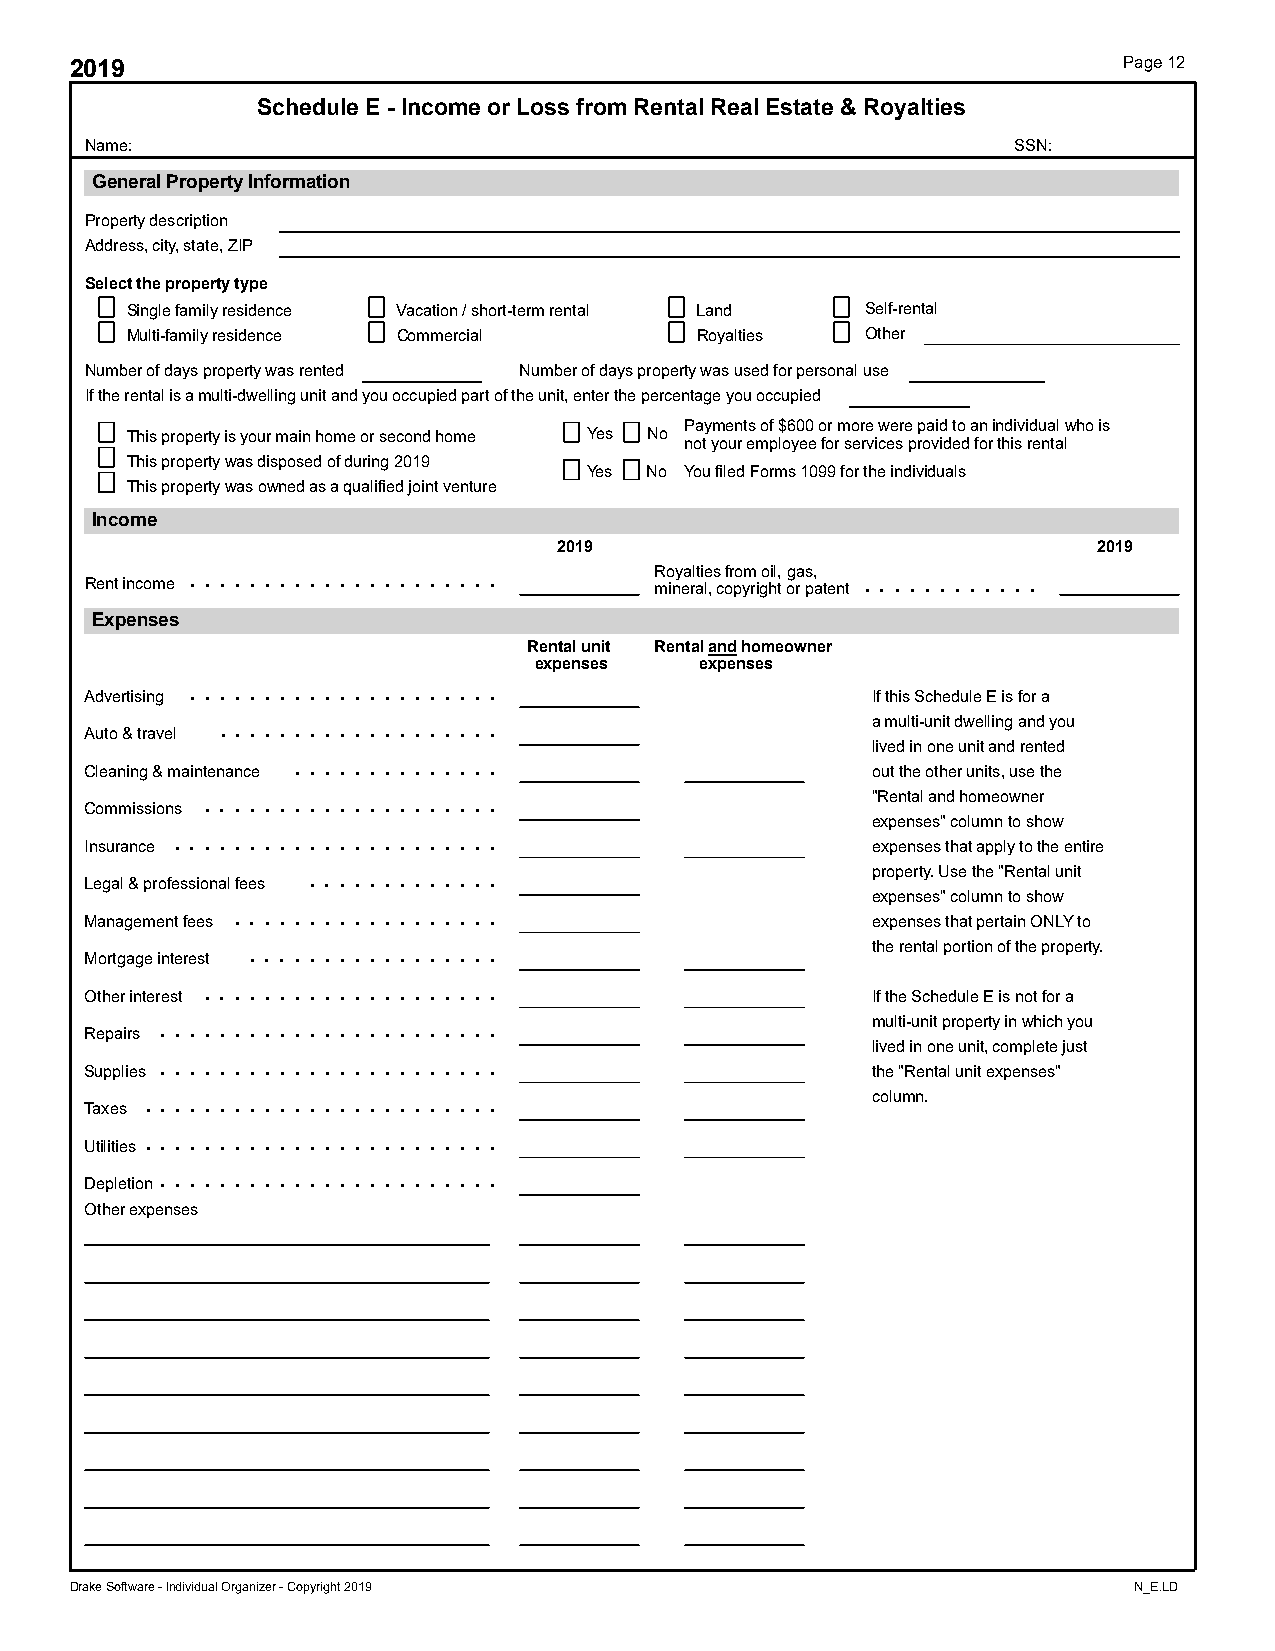
2019                                                                 Page 12
 Schedule E - Income or Loss from Rental Real Estate & Royalties
 Name:                                                        SSN:
 General Property Information
 Property description
 Address, city, state, ZIP
 Select the property type
 Single family residence Vacation / short-term rental Land Self-rental
 Multi-family residence Commercial     Royalties  Other
 Number of days property was rented Number of days property was used for personal use
 If the rental is a multi-dwelling unit and you occupied part of the unit, enter the percentage you occupied
 Payments of $600 or more were paid to an individual who is
 This property is your main home or second home Yes No
 not your employee for services provided for this rental
 This property was disposed of during 2019
 Yes No You filed Forms 1099 for the individuals
 This property was owned as a qualified joint venture
 Income
 2019                                2019
 Rent income . . . . . . . . . . . . . . . . . . . . . R mo iny ea rl atie l, s c ofr po ym ri go hil t, og ra ps, atent . . . . . . . . . . . .
 Expenses
 Rental unit Rental a nd homeowner
 expenses   expenses
 . . . . . . . . . . . . . . . . . . . . .
 Advertising                                         If this Schedule E is for a
 . . . . . . . . . . . . . . . . . . .      a multi-unit dwelling and you
 Auto & travel
 lived in one unit and rented
 . . . . . . . . . . . . . .
 Cleaning & maintenance                              out the other units, use the
 . . . . . . . . . . . . . . . . . . . .     "Rental and homeowner
 Commissions
 expenses" column to show
 . . . . . . . . . . . . . . . . . . . . . .
 Insurance                                           expenses that apply to the entire
 . . . . . . . . . . . . .             property. Use the "Rental unit
 Legal & professional fees
 expenses" column to show
 . . . . . . . . . . . . . . . . . .
 Management fees                                     expenses that pertain ONLY to
 . . . . . . . . . . . . . . . . .        the rental portion of the property.
 Mortgage interest
 . . . . . . . . . . . . . . . . . . . .
 Other interest                                      If the Schedule E is not for a
 . . . . . . . . . . . . . . . . . . . . . . .  multi-unit property in which you
 Repairs
 lived in one unit, complete just
 . . . . . . . . . . . . . . . . . . . . . . .
 Supplies                                            the "Rental unit expenses"
 . . . . . . . . . . . . . . . . . . . . . . . . column.
 Taxes
 . . . . . . . . . . . . . . . . . . . . . . . .
 Utilities
 . . . . . . . . . . . . . . . . . . . . . . .
 Depletion
 Other expenses
 Drake Software - Individual Organizer - Copyright 2019                N_E.LD